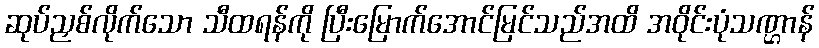
ဆုပ်ညှစ်လိုက်သော သီထရန်ကို ပြီးမြောက်အောင်မြင်သည်အထိ အဝိုင်းပုံသဏ္ဌာန်